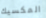
المكسيك